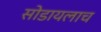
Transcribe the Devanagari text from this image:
सोडायलाच